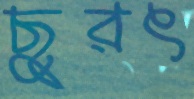
ছুরৎ